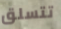
تتسلق